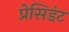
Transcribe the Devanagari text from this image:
प्रेसिडंट